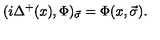
( i \Delta ^ { + } ( x ) , \Phi ) _ { \vec { \sigma } } = \Phi ( x , \vec { \sigma } ) .